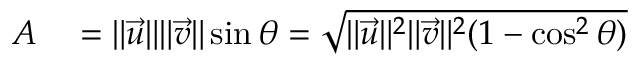
\begin{array} { r l } { A } & { { } = \| { \vec { u } } \| \| { \vec { v } } \| \sin \theta = { \sqrt { \| { \vec { u } } \| ^ { 2 } \| { \vec { v } } \| ^ { 2 } ( 1 - \cos ^ { 2 } \theta ) } } } \end{array}